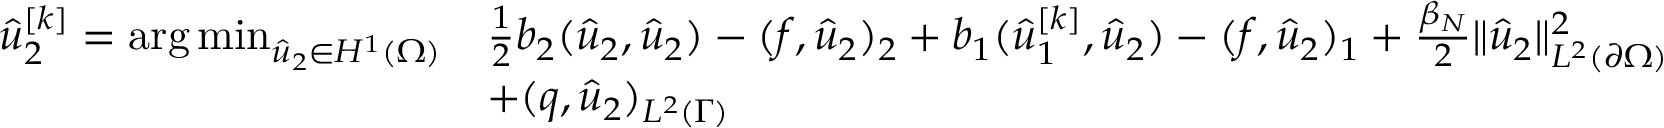
\begin{array} { r l } { \hat { u } _ { 2 } ^ { [ k ] } = \operatorname * { a r g \, m i n } _ { \hat { u } _ { 2 } \in H ^ { 1 } ( \Omega ) } } & { \frac 1 2 b _ { 2 } ( \hat { u } _ { 2 } , \hat { u } _ { 2 } ) - ( f , \hat { u } _ { 2 } ) _ { 2 } + b _ { 1 } ( \hat { u } _ { 1 } ^ { [ k ] } , \hat { u } _ { 2 } ) - ( f , \hat { u } _ { 2 } ) _ { 1 } + \frac { \beta _ { N } } { 2 } \lVert \hat { u } _ { 2 } \rVert _ { L ^ { 2 } ( \partial \Omega ) } ^ { 2 } } \\ & { + ( q , \hat { u } _ { 2 } ) _ { L ^ { 2 } ( \Gamma ) } } \end{array}